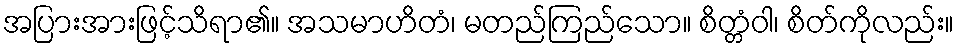
အပြားအားဖြင့်သိရာ၏။ အသမာဟိတံ၊ မတည်ကြည်သော။ စိတ္တံဝါ၊ စိတ်ကိုလည်း။